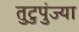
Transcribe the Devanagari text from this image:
तुटुपुंज्या